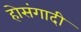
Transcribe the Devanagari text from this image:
होसंगादी